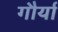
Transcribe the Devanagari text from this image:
गौर्या